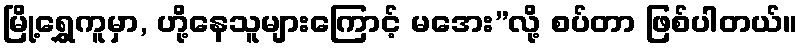
မြို့ရွှေကူမှာ, ဟို့နေသူများကြောင့် မအေး”လို့ စပ်တာ ဖြစ်ပါတယ်။